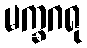
မက္ခဂရု